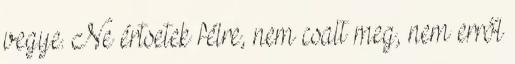
vegye. Ne értsetek félre, nem csalt meg, nem erről